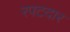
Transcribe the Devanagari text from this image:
रपटदार